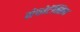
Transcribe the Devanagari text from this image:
सेफोटॅक्सिम